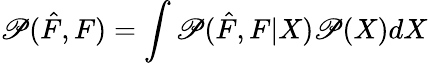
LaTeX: \mathscr{P}(\hat{{F}},F)=\int\mathscr{P}(\hat{{F}},F|X)\mathscr{P}(X)dX